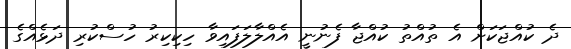
ދެ ކުއްޖަކަށް އެ ތުއްތު ކުއްޖާ ފެނުނީ އެއްލާލަފައިވާ ހިކިކިރު ހުސްކުރި ދަޅެއްގެ